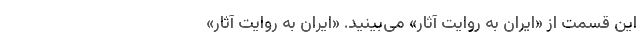
این قسمت از «ایران به روایت آثار» می‌بینید. «ایران به روایت آثار»